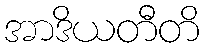
အာဒိယတီတိ